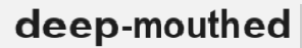
deep-mouthed